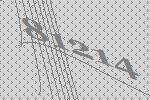
81214